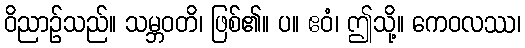
ဝိညာဉ်သည်။ သမ္ဘဝတိ၊ ဖြစ်၏။ ပ။ ဧဝံ၊ ဤသို့။ ကေဝလဿ၊